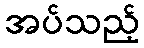
အပ်သည့်